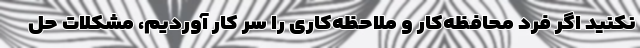
نکنید اگر فرد محافظه‌کار و ملاحظه‌کاری را سر کار آوردیم، مشکلات حل